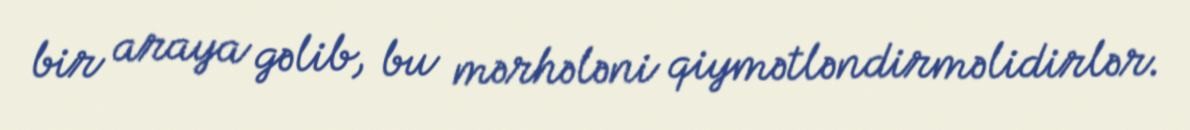
bir araya gəlib, bu mərhələni qiymətləndirməlidirlər.